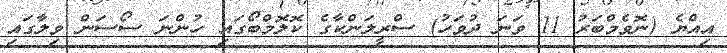
އިއްޔެ (ނޮވެމްބަރު 11 ވަނަ ދުވަހު) ސްރީލަންކާގެ ކޮލޮމްބޯގައި ހުންނަ ސޯސަން ވިލާގައި